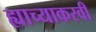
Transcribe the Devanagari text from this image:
ह्याच्याकरवी